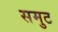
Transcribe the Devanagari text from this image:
समुट